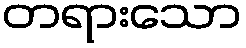
တရားသော